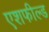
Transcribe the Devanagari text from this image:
एशफील्ड